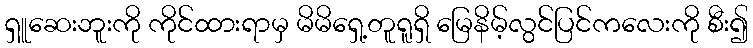
ရှူဆေးဘူးကို ကိုင်ထားရာမှ မိမိရှေ့တူရူရှိ မြေနိမ့်လွင်ပြင်ကလေးကို စီး၍